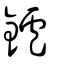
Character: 鑪